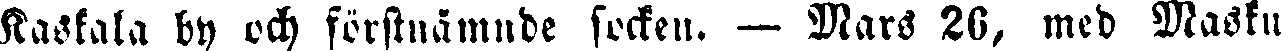
Kaskala by och förstnämnde socken. — Mars 26, med Masku